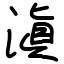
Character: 滇